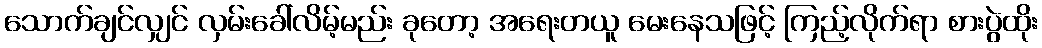
သောက်ချင်လျှင် လှမ်းခေါ်လိမ့်မည်း ခုတော့ အရေးတယူ မေးနေသဖြင့် ကြည့်လိုက်ရာ စားပွဲထိုး